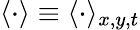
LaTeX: \langle\cdot\rangle\equiv\langle\cdot\rangle_{x,y,t}